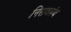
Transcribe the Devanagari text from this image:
निरावलंब